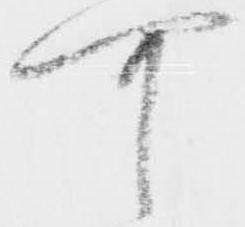
可